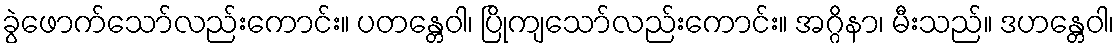
ခွဲဖောက်သော်လည်းကောင်း။ ပတန္တေဝါ၊ ပြိုကျသော်လည်းကောင်း။ အဂ္ဂိနာ၊ မီးသည်။ ဒဟန္တေဝါ၊